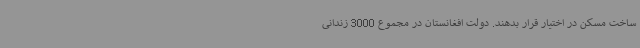
ساخت مسکن در اختیار قرار بدهند. دولت افغانستان در مجموع 3000 زندانی